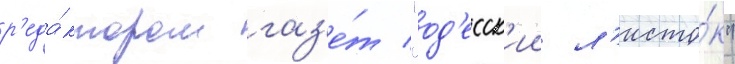
р'еда́ктором газ'е́т "од'есск'ии л'исто́к"